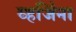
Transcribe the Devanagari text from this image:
व्हर्जिना